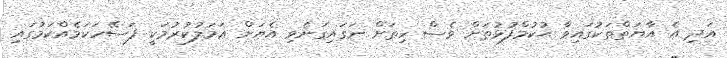
އަދި އެ އާޔަތްތަކުގައިވާ ޙުކުމްފުޅުތަށް ވެސް ހިތަށް ނަގައިގަނެވި އެޔަށް ޢަމަލުކުރުމަކީ ފަސޭހަކަމެއްކަމުގައި